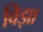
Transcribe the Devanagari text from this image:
विझा